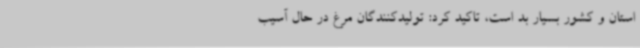
استان و کشور بسیار بد است، تاکید کرد: تولیدکنندگان مرغ در حال آسیب